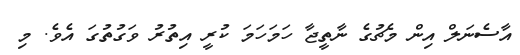
އާސެނަލް އިން މެޗުގެ ނާތީޖާ ހަމަހަމަ ކުރީ އިތުރު ވަގުތުގަ އެވެ. މި